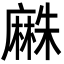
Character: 𪎡